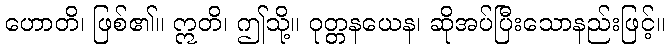
ဟောတိ၊ ဖြစ်၏။ ဣတိ၊ ဤသို့။ ဝုတ္တနယေန၊ ဆိုအပ်ပြီးသောနည်းဖြင့်။